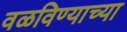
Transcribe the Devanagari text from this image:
वळविण्याच्या